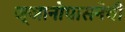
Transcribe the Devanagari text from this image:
ज्ञानोपासनेची